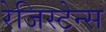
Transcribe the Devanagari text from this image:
रेजिस्टेन्स